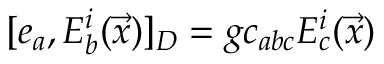
[ e _ { a } , E _ { b } ^ { i } ( \vec { x } ) ] _ { D } = g c _ { a b c } E _ { c } ^ { i } ( \vec { x } )